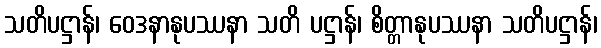
သတိပဋ္ဌာန်၊ ဝေဒနာနုပဿနာ သတိ ပဋ္ဌာန်၊ စိတ္တာနုပဿနာ သတိပဋ္ဌာန်၊